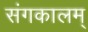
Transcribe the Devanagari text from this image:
संगकालम्